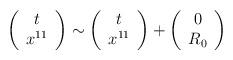
LaTeX: \begin{align*}\left(\begin{array}{c}t \\x^{11}\end{array}\right) \sim \left(\begin{array}{c}t \\x^{11}\end{array}\right) +\left(\begin{array}{c}0 \\R_{0}\end{array}\right)\end{align*}